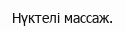
Нүктелі массаж.